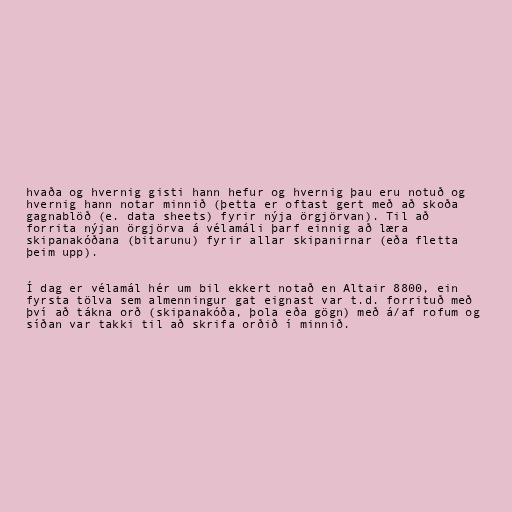
hvaða og hvernig gisti hann hefur og hvernig þau eru notuð og
hvernig hann notar minnið (þetta er oftast gert með að skoða
gagnablöð (e. data sheets) fyrir nýja örgjörvan). Til að
forrita nýjan örgjörva á vélamáli þarf einnig að læra
skipanakóðana (bitarunu) fyrir allar skipanirnar (eða fletta
þeim upp).

Í dag er vélamál hér um bil ekkert notað en Altair 8800, ein
fyrsta tölva sem almenningur gat eignast var t.d. forrituð með
því að tákna orð (skipanakóða, þola eða gögn) með á/af rofum og
síðan var takki til að skrifa orðið í minnið.